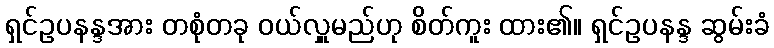
ရှင်ဥပနန္ဒအား တစုံတခု ဝယ်လှူမည်ဟု စိတ်ကူး ထား၏။ ရှင်ဥပနန္ဒ ဆွမ်းခံ